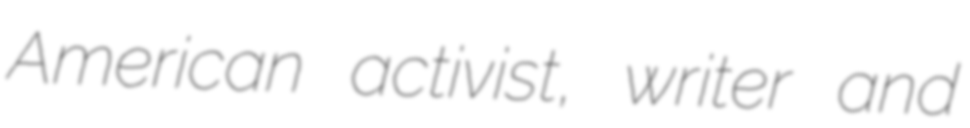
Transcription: American activist, writer and